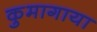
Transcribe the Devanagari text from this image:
कुमागाया